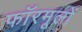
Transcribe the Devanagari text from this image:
फॉरमूलों